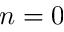
n = 0